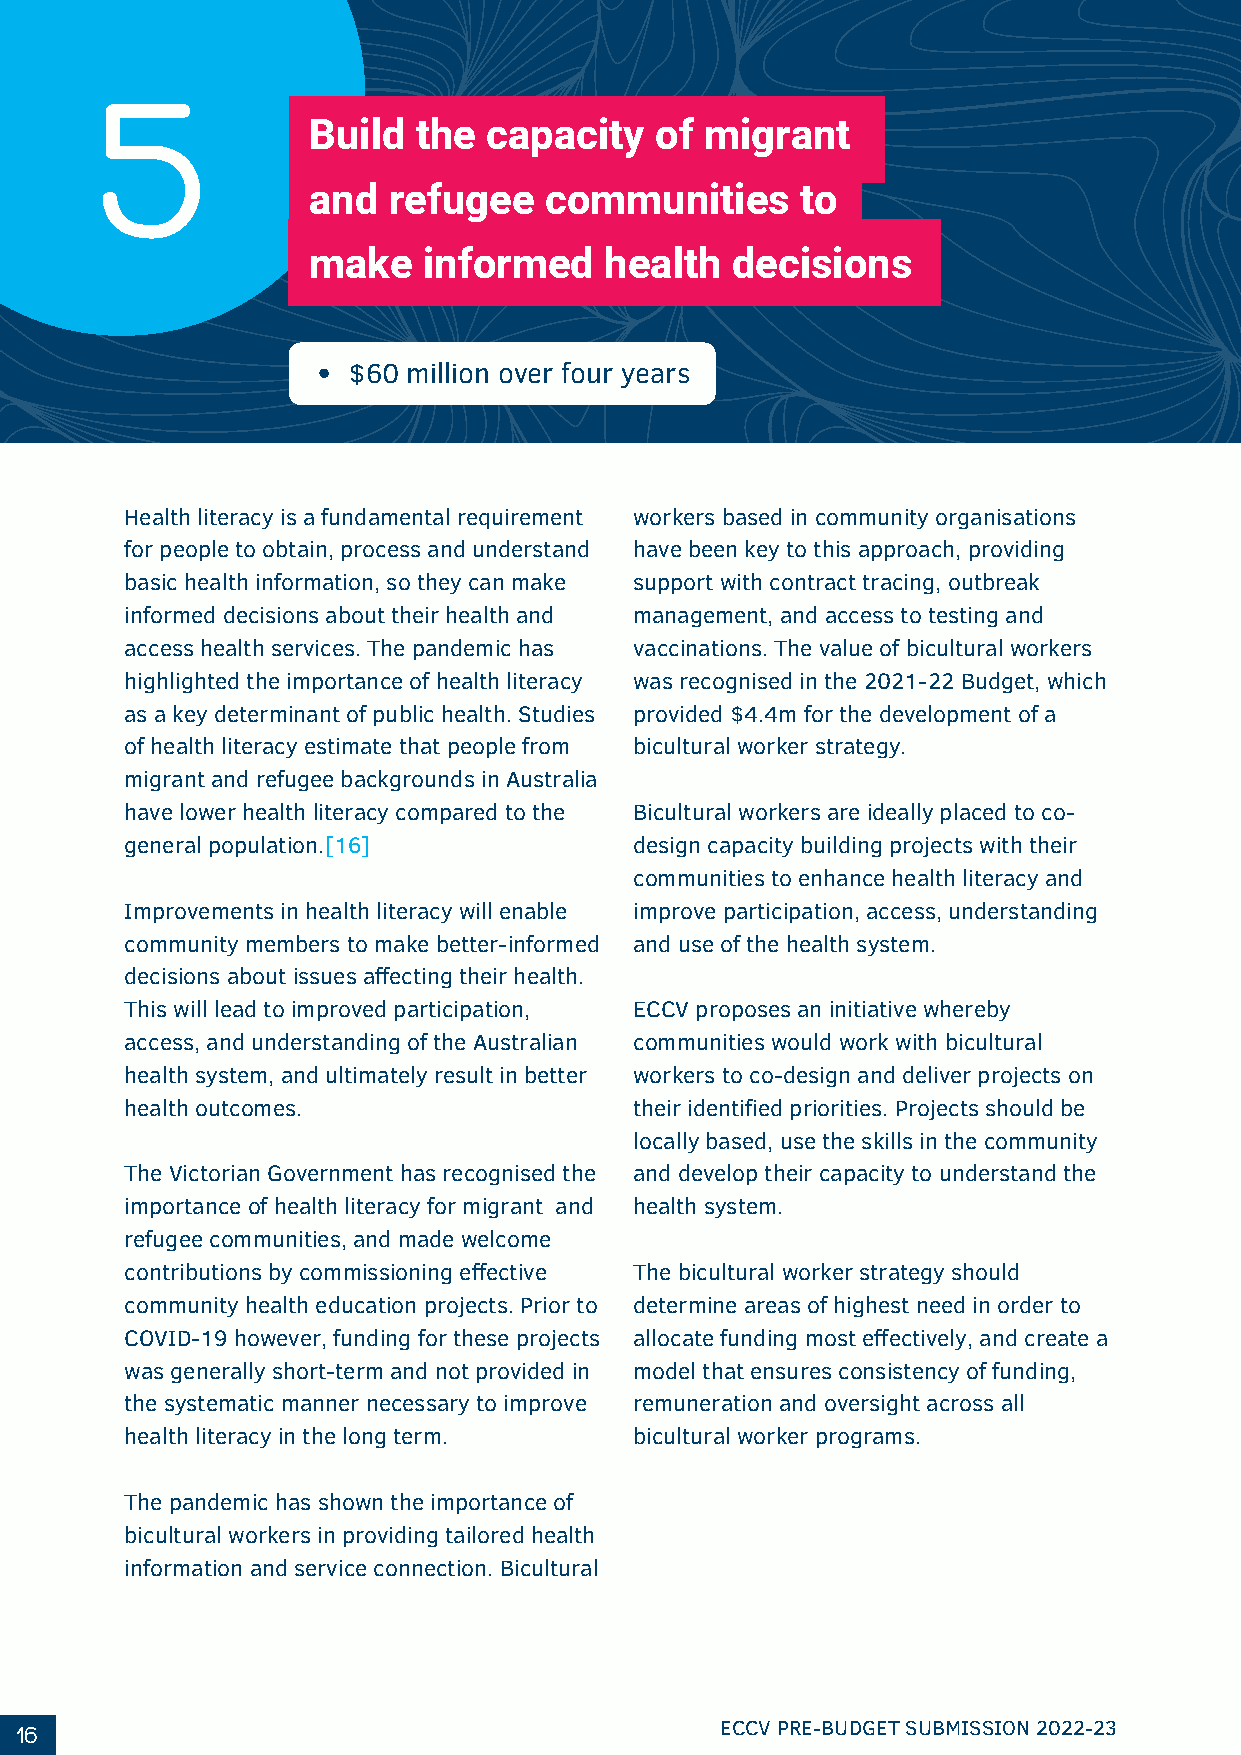
5
 Build   the capacity   of  migrant
 and   refugee   communities      to
 make    informed    health  decisions
 $60 million over four years
 Health literacy is a fundamental requirement workers based in community organisations
 for people to obtain, process and understand have been key to this approach, providing
 basic health information, so they can make support with contract tracing, outbreak
 informed decisions about their health and management, and access to testing and
 access health services. The pandemic has vaccinations. The value of bicultural workers
 highlighted the importance of health literacy was recognised in the 2021-22 Budget, which
 as a key determinant of public health. Studies provided $4.4m for the development of a
 of health literacy estimate that people from bicultural worker strategy.
 migrant and refugee backgrounds in Australia
 have lower health literacy compared to the Bicultural workers are ideally placed to co-
 general population.[16]           design capacity building projects with their
 communities to enhance health literacy and
 Improvements in health literacy will enable improve participation, access, understanding
 community members to make better-informed and use of the health system.
 decisions about issues affecting their health.
 This will lead to improved participation, ECCV proposes an initiative whereby
 access, and understanding of the Australian communities would work with bicultural
 health system, and ultimately result in better workers to co-design and deliver projects on
 health outcomes.                  their identified priorities. Projects should be
 locally based, use the skills in the community
 The Victorian Government has recognised the and develop their capacity to understand the
 importance of health literacy for migrant and health system.
 refugee communities, and made welcome
 contributions by commissioning effective The bicultural worker strategy should
 community health education projects. Prior to determine areas of highest need in order to
 COVID-19 however, funding for these projects allocate funding most effectively, and create a
 was generally short-term and not provided in model that ensures consistency of funding,
 the systematic manner necessary to improve remuneration and oversight across all
 health literacy in the long term. bicultural worker programs.
 The pandemic has shown the importance of
 bicultural workers in providing tailored health
 information and service connection. Bicultural
 16                                             ECCV PRE-BUDGET SUBMISSION 2022-23